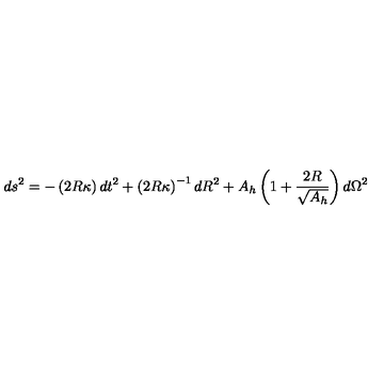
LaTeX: d s ^ { 2 } = - \left( { 2 R \kappa } \right) d t ^ { 2 } + \left( 2 R \kappa \right) ^ { - 1 } d R ^ { 2 } + A _ { h } \left( 1 + { \frac { 2 R } { \sqrt { A _ { h } } } } \right) d \Omega ^ { 2 }